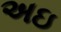
અઇ